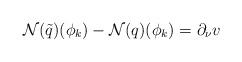
LaTeX: \begin{align*}\mathcal{N}(\tilde{q})(\phi_k)-\mathcal{N}(q)(\phi_k)=\partial _\nu v\end{align*}